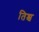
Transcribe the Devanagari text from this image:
तिश्च